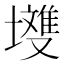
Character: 𭏽